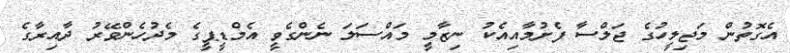
އެގޮތުން މަޖިލީހުގެ ޖަލްސާ ފެށުމާއިއެކު ނިޒާމީ މައްސަލަ ނެންގެވީ އެމްޑީޕީގެ މެދުހެންވޭރު ދާއިރާގެ